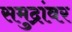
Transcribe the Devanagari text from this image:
समुद्रांवर